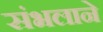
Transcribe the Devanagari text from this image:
संभलाने